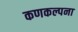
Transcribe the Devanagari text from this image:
कणकल्पना